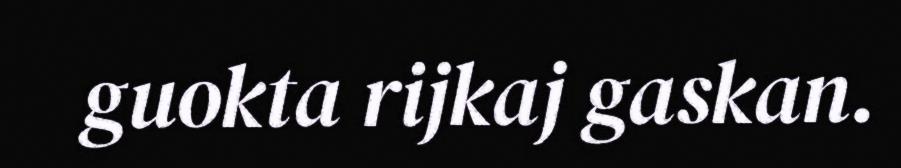
guokta rijkaj gaskan.